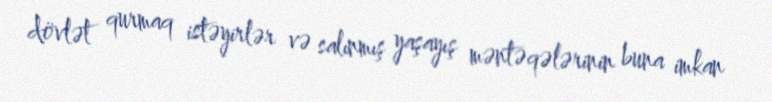
dövlət qurmaq istəyirlər və salınmış yaşayış məntəqələrinin buna imkan